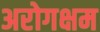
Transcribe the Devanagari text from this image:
अरोगक्षम